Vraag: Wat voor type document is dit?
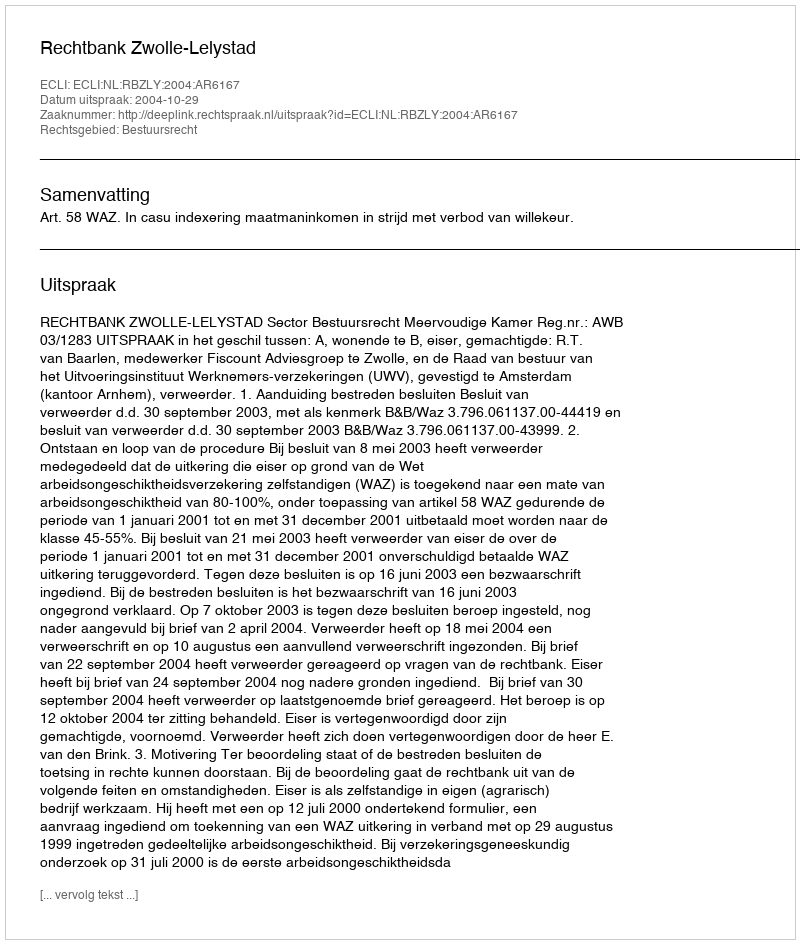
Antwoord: Uitspraak